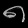
Digit: ၈